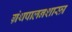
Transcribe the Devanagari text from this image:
ग्रंथपालनशास्त्र